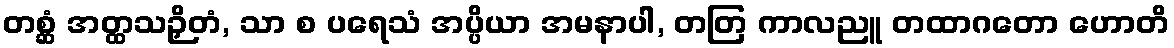
တစ္ဆံ အတ္ထသဉှိတံ, သာ စ ပရေသံ အပ္ပိယာ အမနာပါ, တတြ ကာလညူ တထာဂတော ဟောတိ